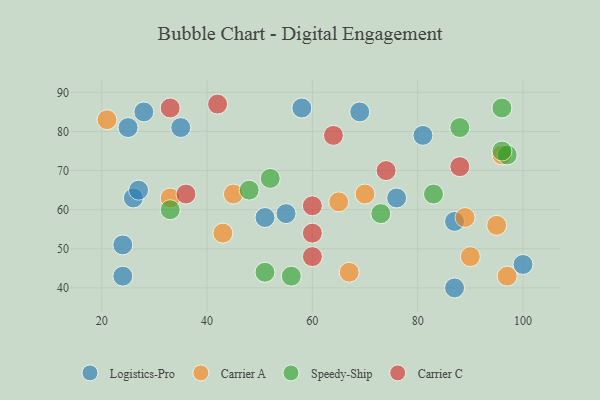
{"axis": {"x": "GDP", "y": "Life Expectancy"}, "legend": ["Carrier A", "Carrier C", "Logistics-Pro", "Speedy-Ship"], "data": [{"x": "26", "y": 63, "type": "Logistics-Pro"}, {"x": "28", "y": 85, "type": "Logistics-Pro"}, {"x": "35", "y": 81, "type": "Logistics-Pro"}, {"x": "87", "y": 40, "type": "Logistics-Pro"}, {"x": "87", "y": 57, "type": "Logistics-Pro"}, {"x": "55", "y": 59, "type": "Logistics-Pro"}, {"x": "69", "y": 85, "type": "Logistics-Pro"}, {"x": "24", "y": 43, "type": "Logistics-Pro"}, {"x": "76", "y": 63, "type": "Logistics-Pro"}, {"x": "25", "y": 81, "type": "Logistics-Pro"}, {"x": "100", "y": 46, "type": "Logistics-Pro"}, {"x": "81", "y": 79, "type": "Logistics-Pro"}, {"x": "24", "y": 51, "type": "Logistics-Pro"}, {"x": "51", "y": 58, "type": "Logistics-Pro"}, {"x": "58", "y": 86, "type": "Logistics-Pro"}, {"x": "27", "y": 65, "type": "Logistics-Pro"}, {"x": "65", "y": 62, "type": "Carrier A"}, {"x": "90", "y": 48, "type": "Carrier A"}, {"x": "43", "y": 54, "type": "Carrier A"}, {"x": "96", "y": 74, "type": "Carrier A"}, {"x": "21", "y": 83, "type": "Carrier A"}, {"x": "33", "y": 63, "type": "Carrier A"}, {"x": "70", "y": 64, "type": "Carrier A"}, {"x": "95", "y": 56, "type": "Carrier A"}, {"x": "89", "y": 58, "type": "Carrier A"}, {"x": "97", "y": 43, "type": "Carrier A"}, {"x": "67", "y": 44, "type": "Carrier A"}, {"x": "45", "y": 64, "type": "Carrier A"}, {"x": "52", "y": 68, "type": "Speedy-Ship"}, {"x": "56", "y": 43, "type": "Speedy-Ship"}, {"x": "48", "y": 65, "type": "Speedy-Ship"}, {"x": "96", "y": 86, "type": "Speedy-Ship"}, {"x": "88", "y": 81, "type": "Speedy-Ship"}, {"x": "73", "y": 59, "type": "Speedy-Ship"}, {"x": "97", "y": 74, "type": "Speedy-Ship"}, {"x": "33", "y": 60, "type": "Speedy-Ship"}, {"x": "51", "y": 44, "type": "Speedy-Ship"}, {"x": "83", "y": 64, "type": "Speedy-Ship"}, {"x": "96", "y": 75, "type": "Speedy-Ship"}, {"x": "60", "y": 48, "type": "Carrier C"}, {"x": "60", "y": 54, "type": "Carrier C"}, {"x": "74", "y": 70, "type": "Carrier C"}, {"x": "33", "y": 86, "type": "Carrier C"}, {"x": "42", "y": 87, "type": "Carrier C"}, {"x": "88", "y": 71, "type": "Carrier C"}, {"x": "60", "y": 61, "type": "Carrier C"}, {"x": "36", "y": 64, "type": "Carrier C"}, {"x": "64", "y": 79, "type": "Carrier C"}]}